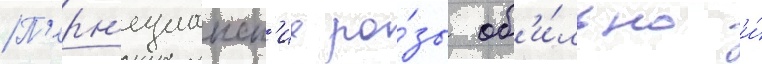
П'ерн'ецианск'ие ро́зы об'и́льно и́